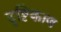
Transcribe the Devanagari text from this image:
दृष्टिकाण